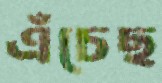
এঁচেছ